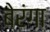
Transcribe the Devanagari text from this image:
बेरंगा